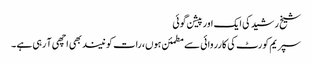
شیخ رشید کی ایک اور پیشن گوئی
سپریم کورٹ کی کارروائی سے مطمئن ہوں، رات کو نیند بھی اچھی آ رہی ہے ۔